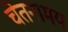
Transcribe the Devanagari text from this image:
चेतनामय